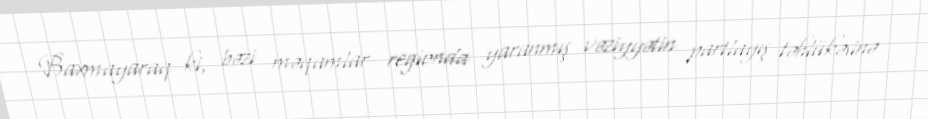
Baxmayaraq ki, bəzi məqamlar regionda yaranmış vəziyyətin partlayış təhlükəsinə